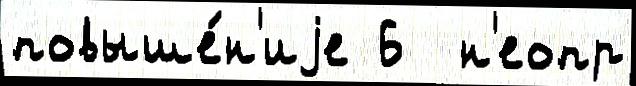
повыше́н'иjе 6  н'еопр